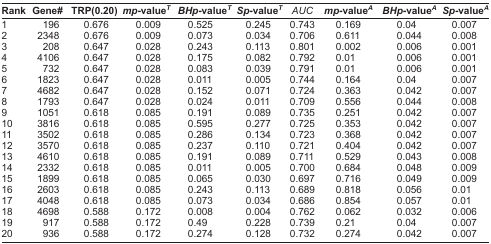
<table><thead><tr><td><b>Rank</b></td><td><b>Gene#</b></td><td><b>TRP(0.20)</b></td><td><b><i>mp</i>-value<sup><i>T</i></sup></b></td><td><b><i>BHp</i>-value<sup><i>T</i></sup></b></td><td><b><i>Sp</i>-value<sup><i>T</i></sup></b></td><td><b><i>AUC</i></b></td><td><b><i>mp</i>-value<sup><i>A</i></sup></b></td><td><b><i>BHp</i>-value<sup><i>A</i></sup></b></td><td><b><i>Sp</i>-value<sup><i>A</i></sup></b></td></tr></thead><tbody><tr><td>1</td><td>196</td><td>0.676</td><td>0.009</td><td>0.525</td><td>0.245</td><td>0.743</td><td>0.169</td><td>0.04</td><td>0.007</td></tr><tr><td>2</td><td>2348</td><td>0.676</td><td>0.009</td><td>0.073</td><td>0.034</td><td>0.706</td><td>0.611</td><td>0.044</td><td>0.008</td></tr><tr><td>3</td><td>208</td><td>0.647</td><td>0.028</td><td>0.243</td><td>0.113</td><td>0.801</td><td>0.002</td><td>0.006</td><td>0.001</td></tr><tr><td>4</td><td>4106</td><td>0.647</td><td>0.028</td><td>0.175</td><td>0.082</td><td>0.792</td><td>0.01</td><td>0.006</td><td>0.001</td></tr><tr><td>5</td><td>732</td><td>0.647</td><td>0.028</td><td>0.083</td><td>0.039</td><td>0.791</td><td>0.01</td><td>0.006</td><td>0.001</td></tr><tr><td>6</td><td>1823</td><td>0.647</td><td>0.028</td><td>0.011</td><td>0.005</td><td>0.744</td><td>0.164</td><td>0.04</td><td>0.007</td></tr><tr><td>7</td><td>4682</td><td>0.647</td><td>0.028</td><td>0.152</td><td>0.071</td><td>0.724</td><td>0.363</td><td>0.042</td><td>0.007</td></tr><tr><td>8</td><td>1793</td><td>0.647</td><td>0.028</td><td>0.024</td><td>0.011</td><td>0.709</td><td>0.556</td><td>0.044</td><td>0.008</td></tr><tr><td>9</td><td>1051</td><td>0.618</td><td>0.085</td><td>0.191</td><td>0.089</td><td>0.735</td><td>0.251</td><td>0.042</td><td>0.007</td></tr><tr><td>10</td><td>3816</td><td>0.618</td><td>0.085</td><td>0.595</td><td>0.277</td><td>0.725</td><td>0.353</td><td>0.042</td><td>0.007</td></tr><tr><td>11</td><td>3502</td><td>0.618</td><td>0.085</td><td>0.286</td><td>0.134</td><td>0.723</td><td>0.368</td><td>0.042</td><td>0.007</td></tr><tr><td>12</td><td>3570</td><td>0.618</td><td>0.085</td><td>0.237</td><td>0.110</td><td>0.721</td><td>0.404</td><td>0.042</td><td>0.007</td></tr><tr><td>13</td><td>4610</td><td>0.618</td><td>0.085</td><td>0.191</td><td>0.089</td><td>0.711</td><td>0.529</td><td>0.043</td><td>0.008</td></tr><tr><td>14</td><td>2332</td><td>0.618</td><td>0.085</td><td>0.011</td><td>0.005</td><td>0.700</td><td>0.684</td><td>0.048</td><td>0.009</td></tr><tr><td>15</td><td>1899</td><td>0.618</td><td>0.085</td><td>0.065</td><td>0.030</td><td>0.697</td><td>0.716</td><td>0.049</td><td>0.009</td></tr><tr><td>16</td><td>2603</td><td>0.618</td><td>0.085</td><td>0.243</td><td>0.113</td><td>0.689</td><td>0.818</td><td>0.056</td><td>0.01</td></tr><tr><td>17</td><td>4048</td><td>0.618</td><td>0.085</td><td>0.073</td><td>0.034</td><td>0.686</td><td>0.854</td><td>0.057</td><td>0.01</td></tr><tr><td>18</td><td>4698</td><td>0.588</td><td>0.172</td><td>0.008</td><td>0.004</td><td>0.762</td><td>0.062</td><td>0.032</td><td>0.006</td></tr><tr><td>19</td><td>917</td><td>0.588</td><td>0.172</td><td>0.49</td><td>0.228</td><td>0.739</td><td>0.21</td><td>0.04</td><td>0.007</td></tr><tr><td>20</td><td>936</td><td>0.588</td><td>0.172</td><td>0.274</td><td>0.128</td><td>0.732</td><td>0.274</td><td>0.042</td><td>0.007</td></tr></tbody></table>